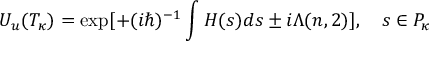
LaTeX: { \cal U } _ { u } ( { \cal T } _ { \kappa } ) = \exp [ + ( i \hbar ) ^ { - 1 } \int H ( s ) d s \pm i \Lambda ( n , 2 ) ] , \quad s \in { \cal P } _ { \kappa }